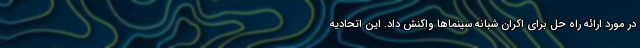
در مورد ارائه راه حل برای اکران شبانه سینماها واکنش داد. این اتحادیه